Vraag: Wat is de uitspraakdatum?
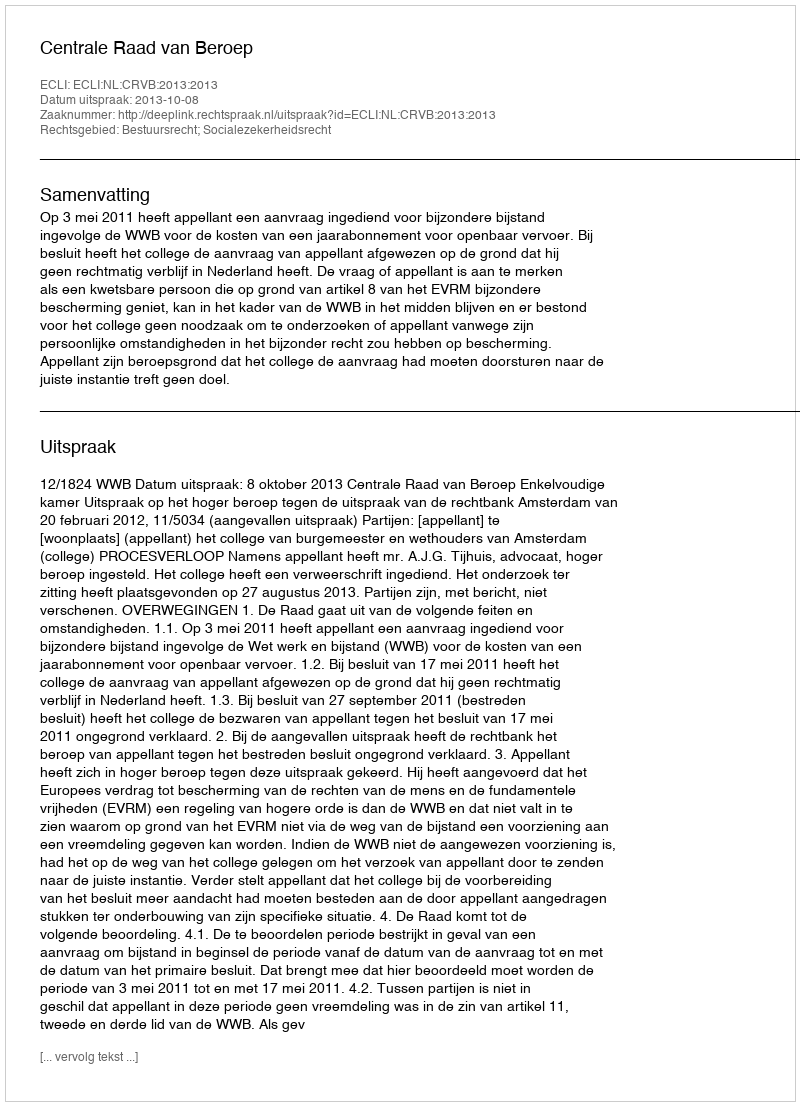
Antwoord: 2013-10-08